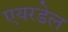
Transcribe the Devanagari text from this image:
एयरडेल